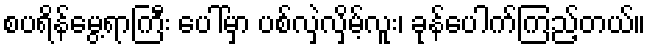
စပရိန်မွေ့ရာကြီး ပေါ်မှာ ပစ်လှဲလှိမ့်လူး၊ ခုန်ပေါက်ကြည့်တယ်။